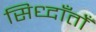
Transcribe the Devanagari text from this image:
सिध्दाँतोँ